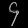
Digit: ၄